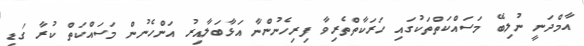
އާމްދަނީ ނުލިބޭ މަސައްކަތްތަކުގައި ހަރަކާތްތެރިވާ ފިރިހެނުންނާ އަޅާބަލާއިރު އަންހެނުން މަސައްކަތް ކުރާ ގަޑި